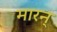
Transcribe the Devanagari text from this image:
मारन्